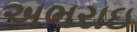
અભરાઇ